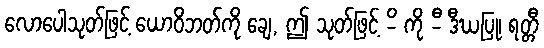
လောပေါသုတ်ဖြင့် ယောဝိဘတ်ကို ချေ, ဤ သုတ်ဖြင့် -ိ ကို -ီ ဒီဃပြု၊ ရတ္တီ